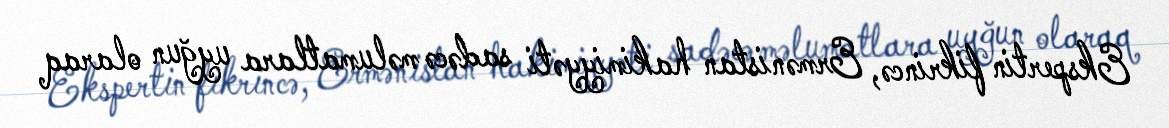
Ekspertin fikrincə, Ermənistan hakimiyyəti sadəcə məlumatlara uyğun olaraq